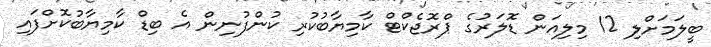
ބީލަމަށްލި 12 މިލިއަން ޑޮލަރުގެ ޕްރޮޖެކްޓް ކާމިޔާބުކުރި ކުންފުނިން އެ ބިޑް ކާމިޔާބުކޮށްފައި